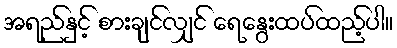
အရည်နှင့် စားချင်လျှင် ရေနွေးထပ်ထည့်ပါ။